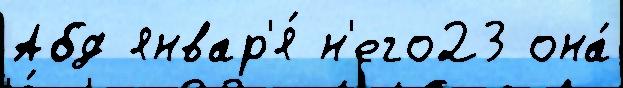
Абд январ'я́ н'его23 она́